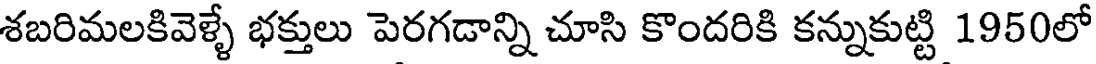
శబరిమలకివెళ్ళే భక్తులు పెరగడాన్ని చూసి కొందరికి కన్నుకుట్టి 1950లో